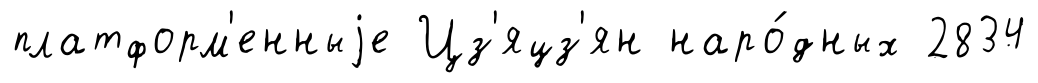
платформ'енныjе Цз'яцз'ян наро́дных 2834